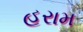
હરામ